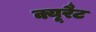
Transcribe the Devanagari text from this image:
क्यूरैट